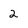
Character: 2